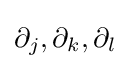
\partial _{j},\partial _{k},\partial _{l}